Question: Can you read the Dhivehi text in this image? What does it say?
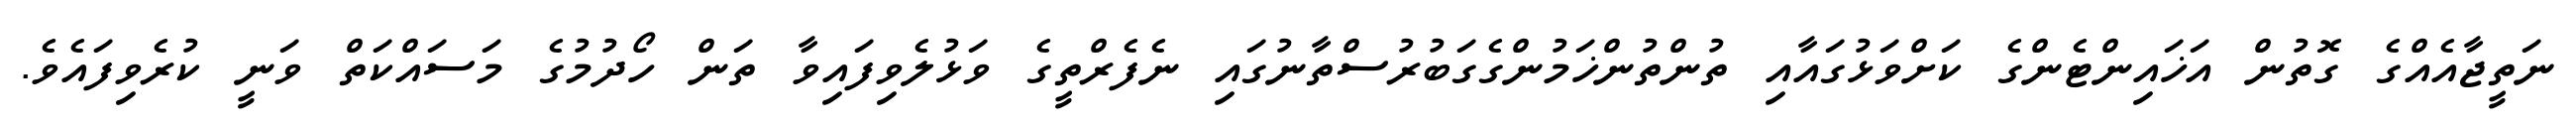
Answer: ނަތީޖާއެއްގެ ގޮތުން އަޚައިންޓެންގެ ކަށްވަޅުގައާއި ތުންތުންޚަމުންގެގަބުރުސްތާނުގައި ނެފެރްތީގެ ވަޅުލެވިފައިވާ ތަން ހޯދުމުގެ މަސައްކަތް ވަނީ ކުރެވިފައެވެ.